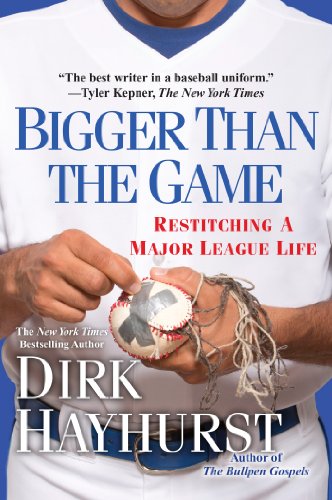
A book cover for Bigger Than the Game: Restitching a Major League Life; Dirk Hayhurst; Sports & Outdoors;